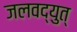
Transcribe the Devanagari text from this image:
जलवद्युत्‌